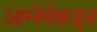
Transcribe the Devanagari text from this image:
आग्नेयेकडून